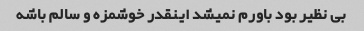
بی‌ نظیر بود باورم‌ نمیشد‌ اینقدر خوشمزه و سالم باشه